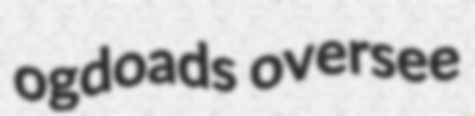
ogdoads oversee